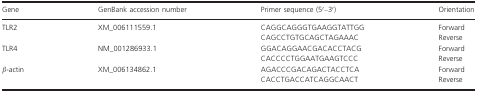
<table><thead><tr><td><b>Gene</b></td><td><b>GenBank accession number</b></td><td><b>Primer sequence (5′–3′)</b></td><td><b>Orientation</b></td></tr></thead><tbody><tr><td rowspan="2">TLR2</td><td rowspan="2">XM_006111559.1</td><td>CAGGCAGGGTGAAGGTATTGG</td><td>Forward</td></tr><tr><td>CAGCCTGTGCAGCTAGAAAC</td><td>Reverse</td></tr><tr><td rowspan="2">TLR4</td><td rowspan="2">NM_001286933.1</td><td>GGACAGGAACGACACCTACG</td><td>Forward</td></tr><tr><td>CACCCCTGGAATGAAGTCCC</td><td>Reverse</td></tr><tr><td rowspan="2"><i>β</i>‐actin</td><td rowspan="2">XM_006134862.1</td><td>AGACCCGACAGACTACCTCA</td><td>Forward</td></tr><tr><td>CACCTGACCATCAGGCAACT</td><td>Reverse</td></tr></tbody></table>